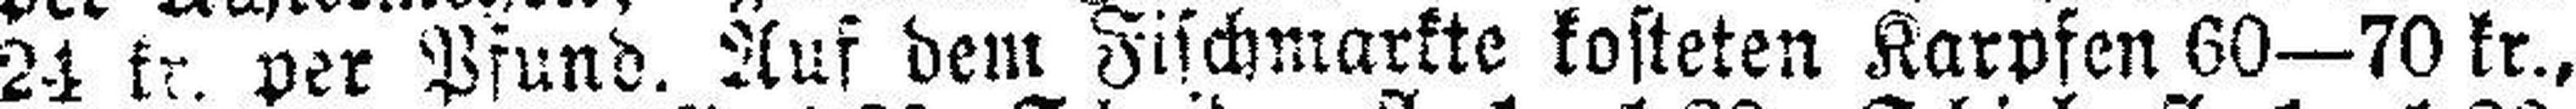
24 kr per Pfund. Auf dem Fischmarkte kosteten Karpfen 60—70 kr.,